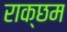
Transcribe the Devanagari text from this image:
राक्छम